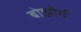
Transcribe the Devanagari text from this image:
बोझोर्ग